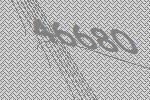
46680